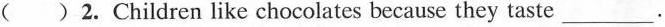
() 2.Children like chocolates because they taste ___